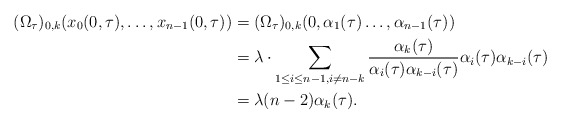
\begin{align*}(\Omega_{\tau})_{0,k}(x_0(0,\tau),\ldots,x_{n-1}(0,\tau) )&=(\Omega_{\tau})_{0,k}(0,\alpha_1(\tau)\ldots,\alpha_{n-1}(\tau) )\\&=\lambda \cdot \sum_{1\leq i \leq n-1, i \neq n-k} \frac{\alpha_{k}(\tau)}{\alpha_i(\tau) \alpha_{k-i}(\tau)} \alpha_{i}(\tau)\alpha_{k-i}(\tau)\\&=\lambda(n-2)\alpha_k(\tau).\end{align*}